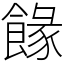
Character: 餯